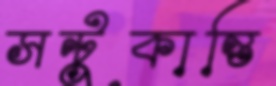
সন্টুকান্তি